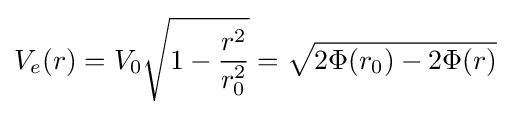
V_{e}(r)=V_{0}{\sqrt {1-{r^{2} \over r_{0}^{2}}}}={\sqrt {2\Phi (r_{0})-2\Phi (r)}}